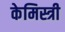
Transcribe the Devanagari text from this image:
केमिस्त्री